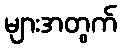
များအတွက်